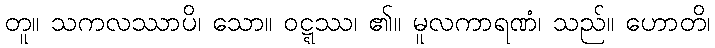
တူ။ သကလဿာပိ၊ သော။ ဝဋ္ဋဿ၊ ၏။ မူလကာရဏံ၊ သည်။ ဟောတိ၊